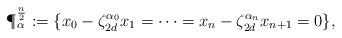
LaTeX: \begin{align*}\P_{\alpha}^{\frac{n}{2}}:=\{x_{0}-\zeta_{2d}^{\alpha_0}x_{1}=\cdots=x_{n}-\zeta_{2d}^{\alpha_n}x_{{n+1}}=0\}, \end{align*}